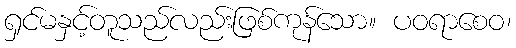
ရှင်မနှင့်တူသည်လည်းဖြစ်ကုန်သော။ ပဝရာစေဝ၊